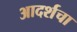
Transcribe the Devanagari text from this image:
आदर्शचा